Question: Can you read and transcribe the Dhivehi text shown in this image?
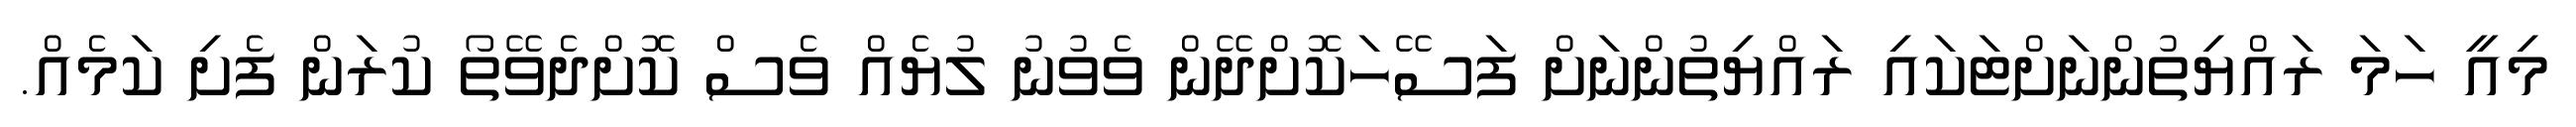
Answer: މިއީ ހަމަ ރައްޔިތުންނަށްޓަކައި ރައްޔިތުންނަށް ފަސޭހަކޮށްދޭން ވެވުނު ލުޔެއް ވެސް ކޮށްދެވޭތޯ ކުރަން ފެށި ކަމެއް.